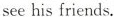
see his friends.